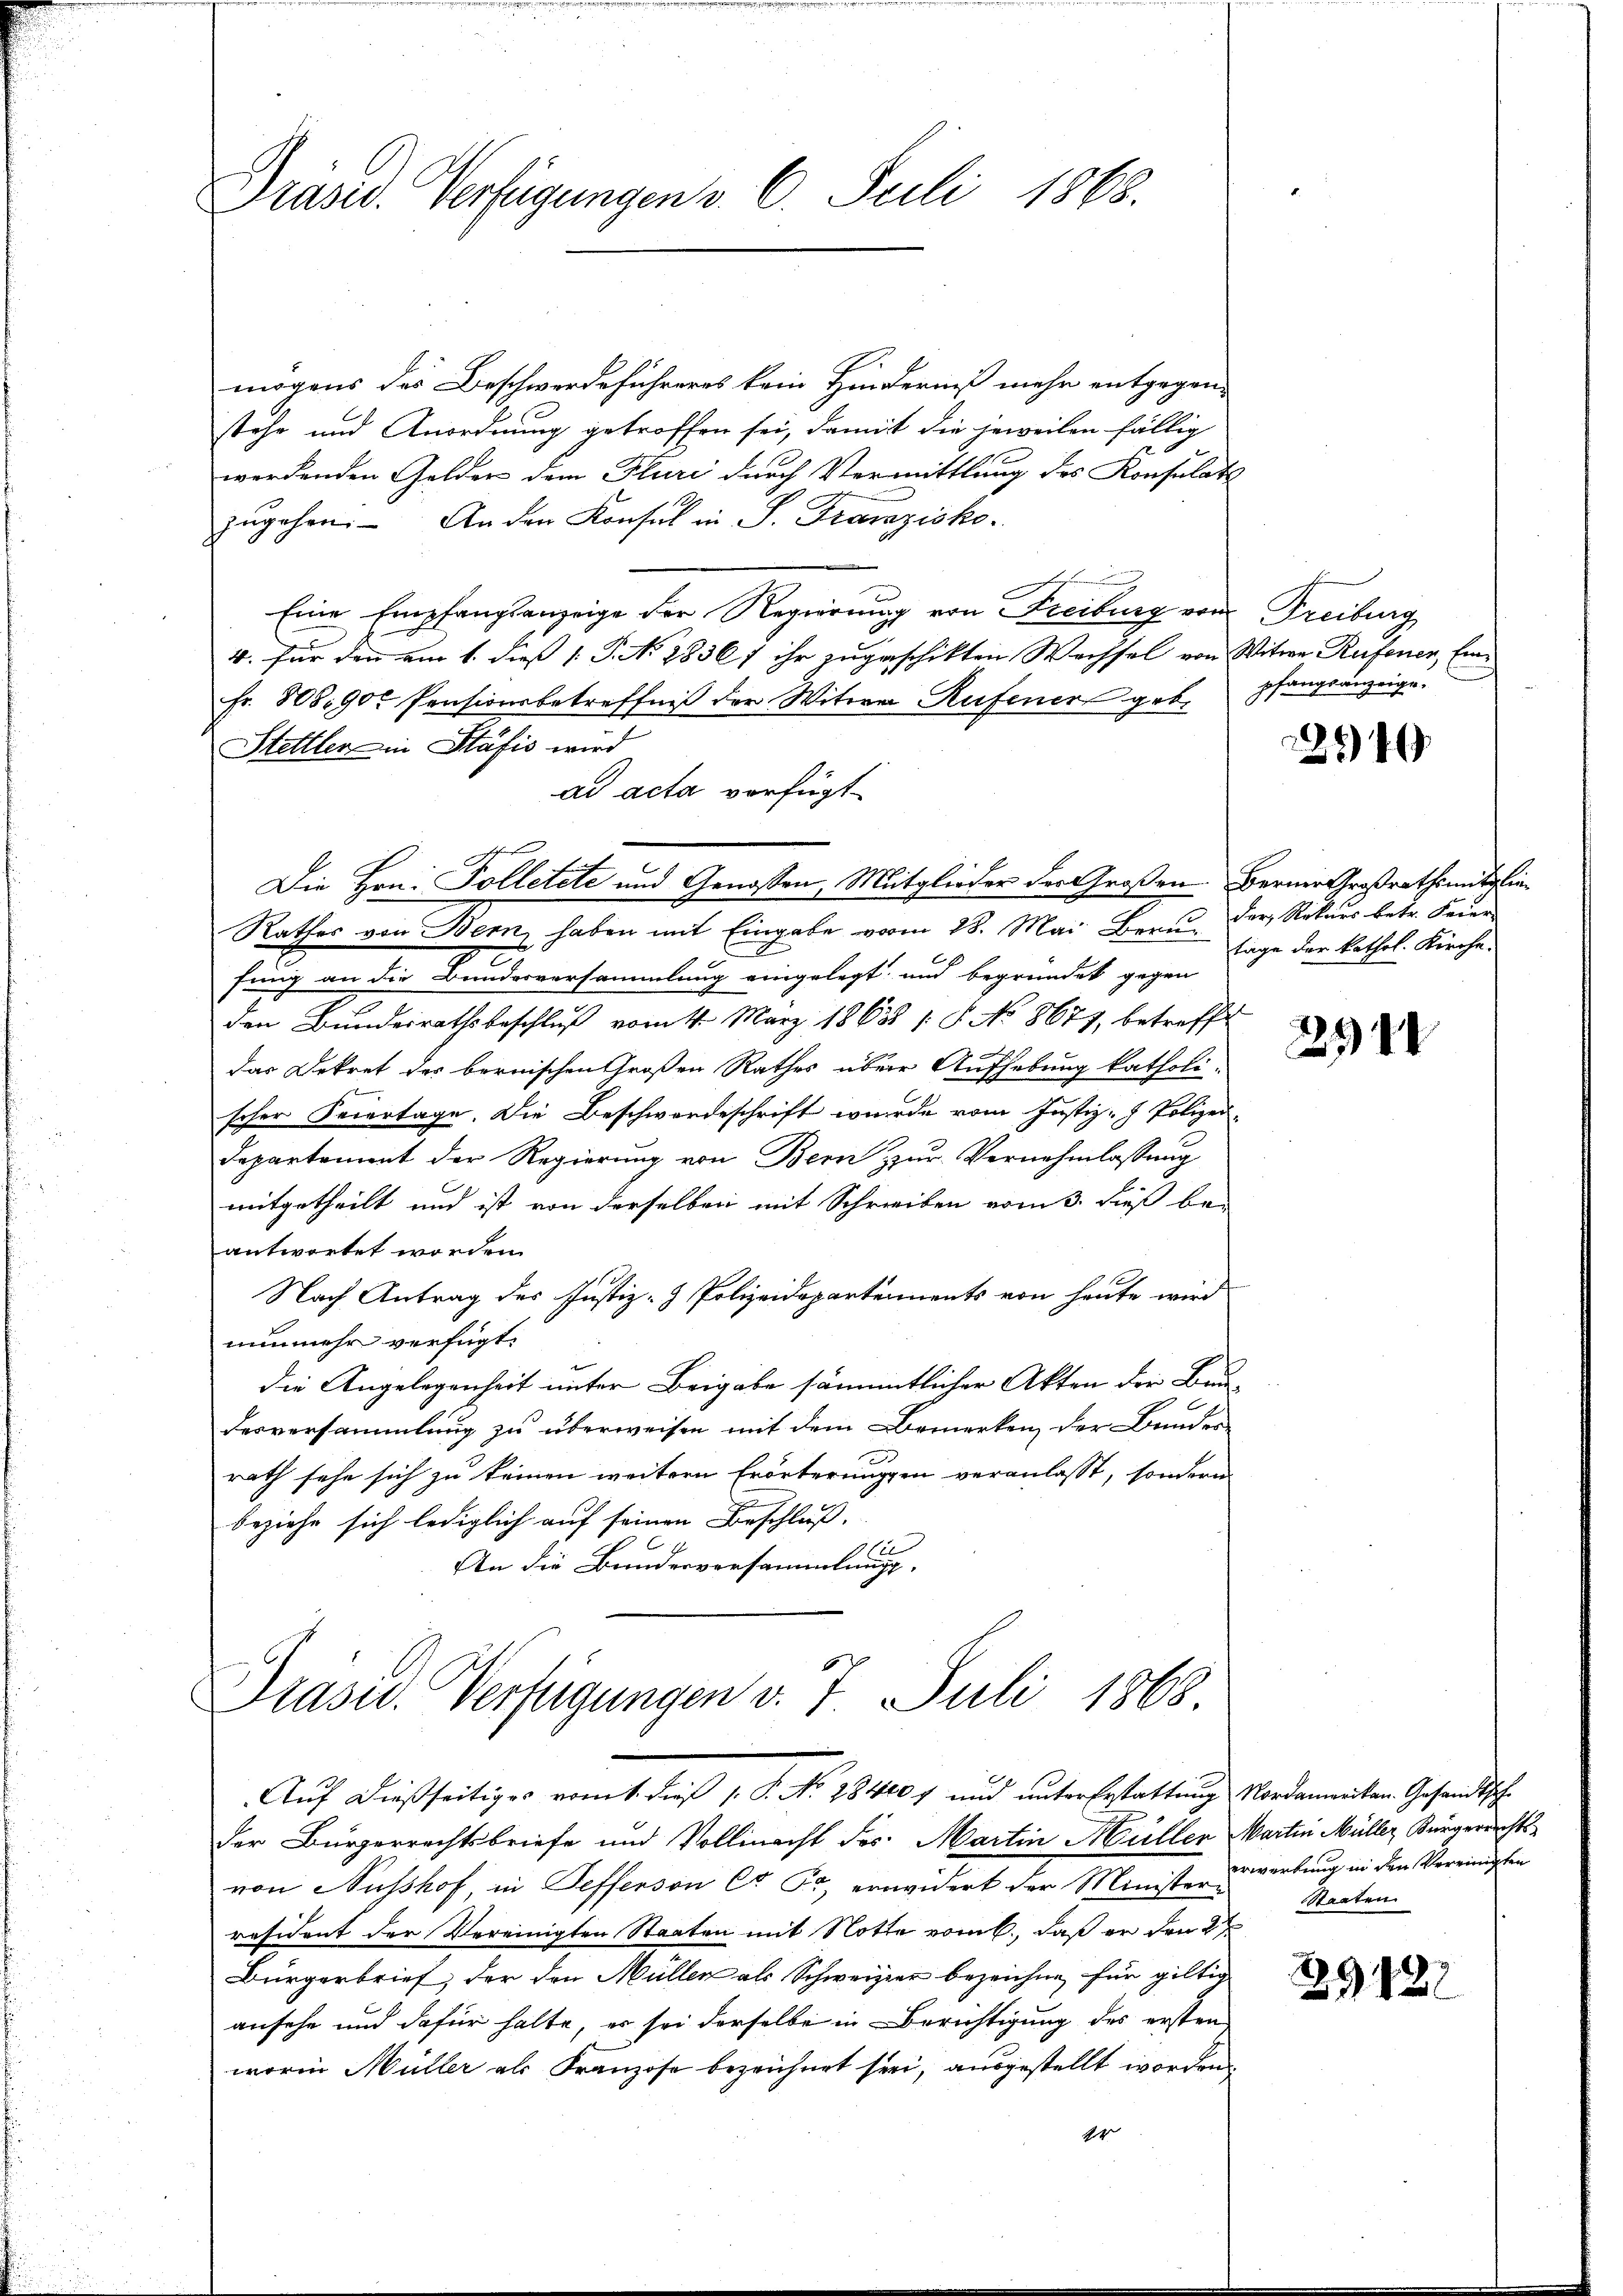
Präsid. Verfügungen v. 6. Juli 1865.

mögens der Beschwerdeführeres kein Hinderniß mehr entgegen-
stehe und Anordnung getroffen sei, damit die jeweilen fällig
werdenden Gelder dem Fluri durch Vermittlung des Konsulats
zŭgehen. An den Konsul in S. Franzisko.
Eine Empfangsanzeige der Regierung von Freiburg von Freiburg
4. für den am 1. dieß 1. P. No. 2836/ ihr zugeschikten Wechsel von Witwe Rufener, Ein¬
Fr. 808900 Pensionsbetreffniß der Witwe Rufener geb. pfangsanzeige-
Stettler in Stäfis wird
ad acta vorfügt
Die Hrn. Tolletete und Genossen, Mitglieder der Großen Berner Großrathsmittlin¬
Rathes von Bern haben mit Eingabe vom 28. Mai Berufung an die Bundesversammlung eingelegt und begründet gegen
den Bundesrathsbeschlŭβ vom 4. März 1865 1 S. No 8677, betreffe
das Dekret des bernischen Großen Rathes übere Aufhebung katholi-
scher Feiertage. Die Beschwerdeschrift wurde vom Justiz - Polizei¬
Departement der Regierung von Bern zur Vernehmlassung
mitgetheilt und ist von derselben mit Schreiben vom 3. dieß be-
antwortet worden.
Nach Antrag des Justiz- & Polizeidepartements von heute wird
nunmehr verfügt:
die Angelegenheit unter Beigabe sämmtlicher Akten der Bun-
desversammlung zu überweisen mit dem Bemerken, der Bundes-
rath sehe sich zu keinen weitern Erörterungen veranlasst, sondern
beziehe sich lediglich auf seinen Beschluß.
se
An die Bundesversammlungs-

Prasw. Verfügungen v. 7. Juli 1868
Auf dießseitiges vom t. dieß s. S. No. 18400 f und unter Erstattung Nordamenten Gesandtsche

der Bürgerrechtsbriefe und Vollmacht des Martin Müller Wartin Müller Bürgerrichtsvon Ausshof in Sefferson C. Fr. erwidert der Minister unverbung in den Vereinigten
räsident der Vereinigten Staaten mit Notte vom 6., daß er den 2ten
Bürgerbrief, der den Müller als Schweizer bezeichne, für giltig
ansehe und dafür halte, er sei derselbe in Berichtigung des ersten
worin Müller als Franzose bezeichnet sei, ausgestellt worden.
r

2146

der, Rekurs betr. Feier
tage der kathol. Kirche.

24

Staaten.

29121